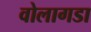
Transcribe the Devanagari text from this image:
वोलागडा